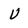
Character: U